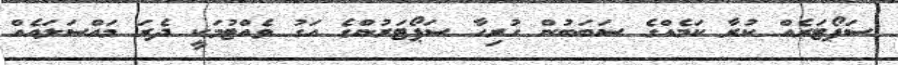
ސަޕޯޓަރެއް ކުރާ ކަމެއްގެ ސަބަބުން ހުރިހާ ސަޕޯޓަރުންގެ އަގު ވެއްޓުމަކީ ދެރަ މައްސަލައެއް